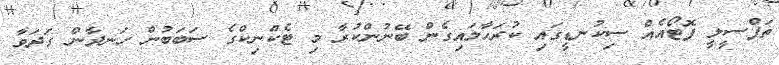
ތަފްސީލީ ފޮޓޯއެއް ސިކުނޑީގައި ކުރަހާލައިގެން ބޭނުންކުރާ މި ޓެކްނިކްގެ ސަބަބުން ހަނދާން ގަދަވާ